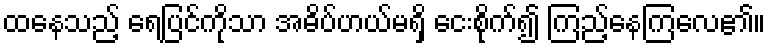
ထနေသည့် ရေပြင်ကိုသာ အဓိပ်ပာယ်မရှိ ငေးစိုက်၍ ကြည့်နေကြလေ၏။